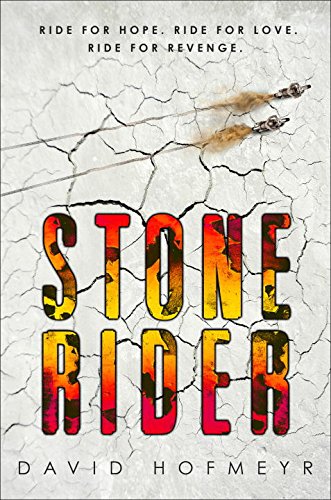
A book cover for Stone Rider; David Hofmeyr; Sports & Outdoors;